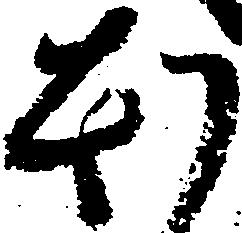
ほ